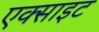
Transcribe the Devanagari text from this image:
एक्साइट